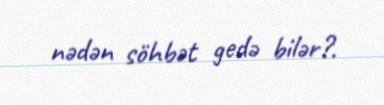
nədən söhbət gedə bilər?.